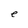
Character: e